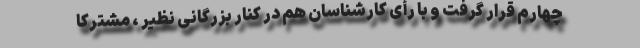
چهارم قرار گرفت و با رأی کارشناسان هم در کنار بزرگانی نظیر ، مشترکاً